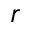
r